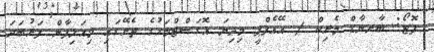
ފޮޓޯ: ބާރނާޑް މެރިކް / އޭއެފްޕީ މިދިޔަ އޮގަސްޓްމަހުގެ ތެރޭގައި މިއަލިފާން ފަރުބަދަ